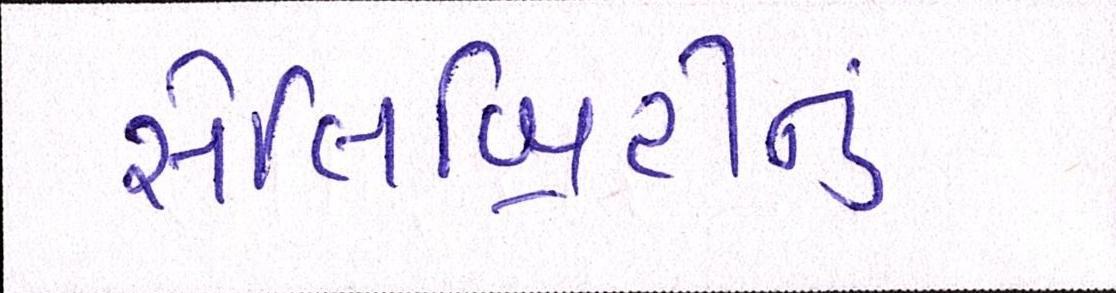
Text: સેલિબ્રિટીનું